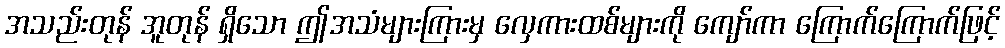
အသည်းတုန် အူတုန် ရှိသော ဤအသံများကြားမှ လှေကားထစ်များကို ကျော်ကာ ကြောက်ကြောက်ဖြင့်